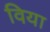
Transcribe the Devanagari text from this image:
विया